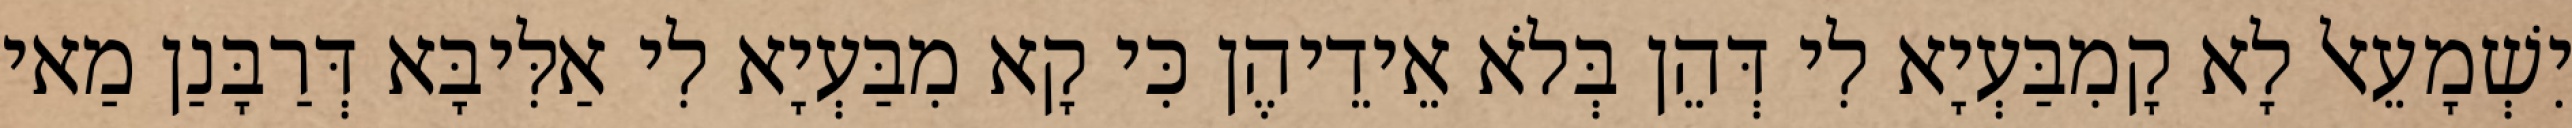
יִשְׁמָעֵאל לָא קָמִבַּעְיָא לִי דְּהֵן בְּלֹא אֵידֵיהֶן כִּי קָא מִבַּעְיָא לִי אַלִּיבָּא דְּרַבָּנַן מַאי